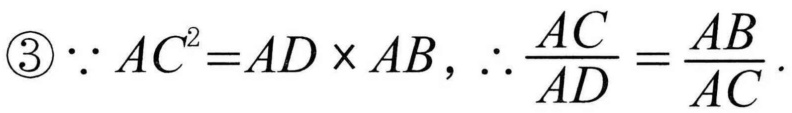
$\textcircled{3}\because AC^{2}=AD\times AB,\therefore \dfrac{AC}{AD}=\dfrac{AB}{AC}.$